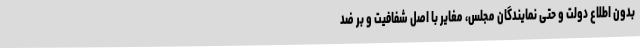
بدون اطلاع دولت و حتی نمایندگان مجلس، مغایر با اصل شفافیت و بر ضد